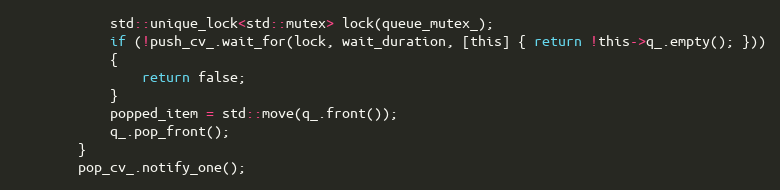
Language: C
            std::unique_lock<std::mutex> lock(queue_mutex_);
            if (!push_cv_.wait_for(lock, wait_duration, [this] { return !this->q_.empty(); }))
            {
                return false;
            }
            popped_item = std::move(q_.front());
            q_.pop_front();
        }
        pop_cv_.notify_one();